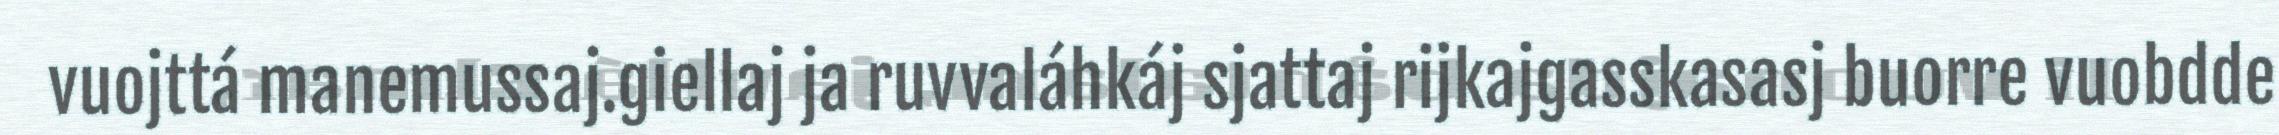
vuojttá manemussaj.giellaj ja ruvvaláhkáj sjattaj rijkajgasskasasj buorre vuobdde